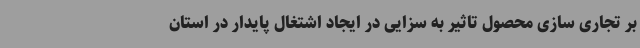
بر تجاری سازی محصول تاثیر به سزایی در ایجاد اشتغال پایدار در استان